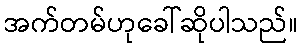
အက်တမ်ဟုခေါ်ဆိုပါသည်။